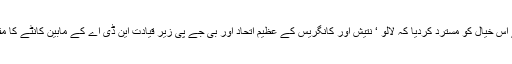
انہوں نے اس خیال کو مسترد کردیا کہ لالو ‘ نتیش اور کانگریس کے عظیم اتحاد اور بی جے پی زیر قیادت این ڈی اے کے مابین کانٹے کا مقابلہ ہے ۔